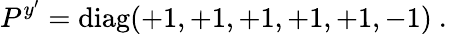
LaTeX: P^{y^{\prime}}=\mathrm{diag}(+1,+1,+1,+1,+1,-1)~.~\,